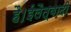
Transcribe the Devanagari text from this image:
है।ईलैत्वादी